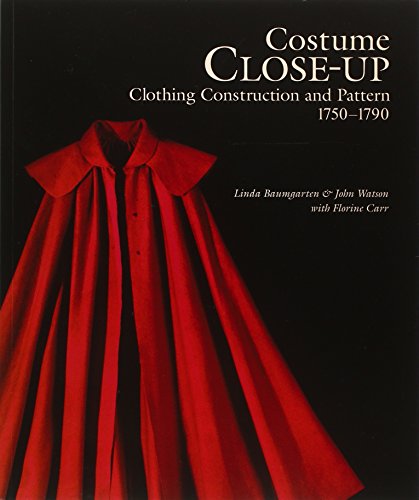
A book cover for Costume Close-Up: Clothing Construction and Pattern, 1750-1790; Linda Baumgarten; Crafts, Hobbies & Home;